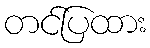
တင်ပြထား